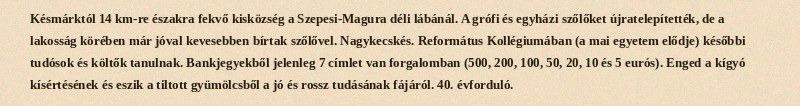
Késmárktól 14 km-re északra fekvő kisközség a Szepesi-Magura déli lábánál. A grófi és egyházi szőlőket újratelepítették, de a lakosság körében már jóval kevesebben bírtak szőlővel. Nagykecskés. Református Kollégiumában (a mai egyetem elődje) későbbi tudósok és költők tanulnak. Bankjegyekből jelenleg 7 címlet van forgalomban (500, 200, 100, 50, 20, 10 és 5 eurós). Enged a kígyó kísértésének és eszik a tiltott gyümölcsből a jó és rossz tudásának fájáról. 40. évforduló.